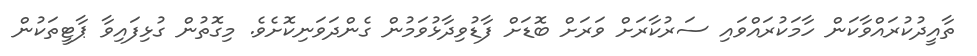
ތާއީދުކުރައްވާކަން ހާމަކުރައްވައި ސަރުކާރަށް ވަރަށް ބޮޑަށް ފާޑުވިދާޅުވަމުން ގެންދަވަނިކޮށެވެ. މިގޮތުން ގުޅިފައިވާ ޕާޓީތަކުން